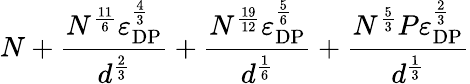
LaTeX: N+\frac{N^{\frac{11}{6}}\varepsilon_{\mathrm{DP}}^{\frac{4}{3}}}{d^{\frac{2}{3}}}+\frac{N^{\frac{19}{12}}\varepsilon_{\mathrm{DP}}^{\frac{5}{6}}}{d^{\frac{1}{6}}}+\frac{N^{\frac{5}{3}}P\varepsilon_{\mathrm{DP}}^{\frac{2}{3}}}{d^{\frac{1}{3}}}